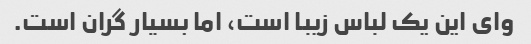
وای این یک لباس زیبا است، اما بسیار گران است.